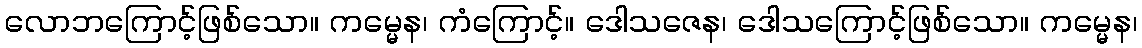
လောဘကြောင့်ဖြစ်သော။ ကမ္မေန၊ ကံကြောင့်။ ဒေါသဇေန၊ ဒေါသကြောင့်ဖြစ်သော။ ကမ္မေန၊